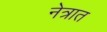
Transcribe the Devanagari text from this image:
नेत्रात